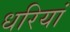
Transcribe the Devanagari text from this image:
धरियां